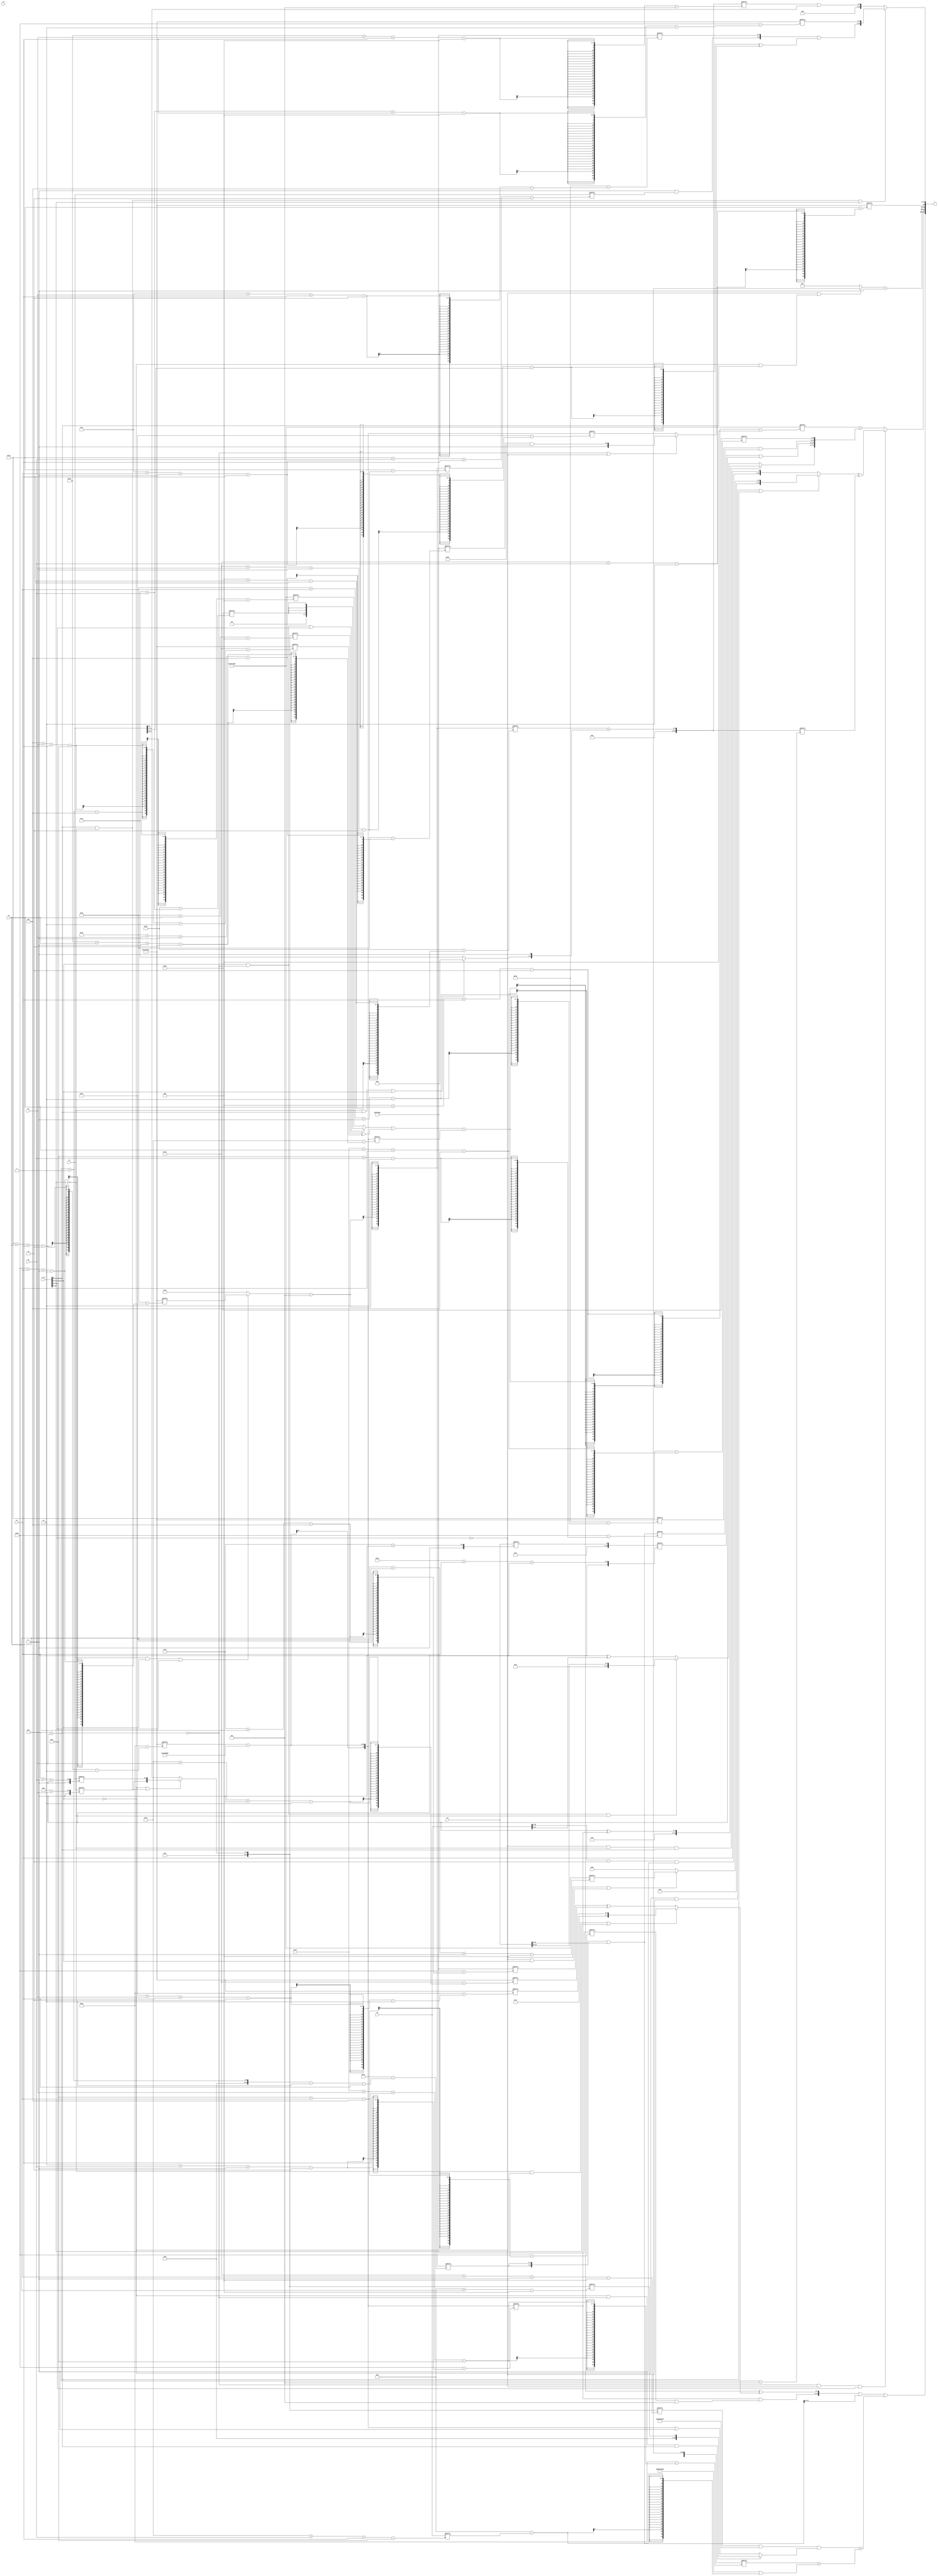
module partsel_00521(ctrl, s0, s1, s2, s3, x0, x1, x2, x3, y);
  input [3:0] ctrl;
  input [2:0] s0;
  input [2:0] s1;
  input [2:0] s2;
  input [2:0] s3;
  input [31:0] x0;
  input [31:0] x1;
  input signed [31:0] x2;
  input signed [31:0] x3;
  wire signed [29:4] x4;
  wire [25:0] x5;
  wire [1:31] x6;
  wire [3:25] x7;
  wire [4:24] x8;
  wire signed [26:3] x9;
  wire [0:30] x10;
  wire signed [2:28] x11;
  wire [0:30] x12;
  wire signed [24:0] x13;
  wire signed [0:31] x14;
  wire [28:5] x15;
  output [127:0] y;
  wire signed [31:0] y0;
  wire [31:0] y1;
  wire [31:0] y2;
  wire signed [31:0] y3;
  assign y = {y0,y1,y2,y3};
  localparam [31:1] p0 = 114642239;
  localparam [3:28] p1 = 632218798;
  localparam [6:28] p2 = 693219254;
  localparam [31:4] p3 = 322947405;
  assign x4 = (!ctrl[3] || ctrl[0] && !ctrl[2] ? {x1[14 + s2], x1[11 + s0 +: 3]} : x1[14 -: 4]);
  assign x5 = x3[9 + s3];
  assign x6 = ((!ctrl[2] && ctrl[3] || ctrl[1] ? p1[22 + s1 +: 7] : x5[17 -: 2]) - p0[19 -: 3]);
  assign x7 = ({2{x6[11 + s2 -: 3]}} | x3);
  assign x8 = x5[9];
  assign x9 = (!ctrl[3] || ctrl[3] || !ctrl[0] ? {2{p3[18]}} : {2{(!ctrl[1] && ctrl[0] && !ctrl[1] ? p0[4 + s0 -: 7] : p3[8 + s0])}});
  assign x10 = {2{p1[17 -: 3]}};
  assign x11 = (p1[25 + s3 -: 2] - ((((p3[12 +: 1] & p2[11 +: 2]) - x10[21]) - {{2{x8[17 +: 2]}}, p0}) + p1[13 +: 4]));
  assign x12 = x11[3 + s0 +: 5];
  assign x13 = (!ctrl[3] && ctrl[1] && ctrl[0] ? x3[20] : x11);
  assign x14 = (((ctrl[3] && !ctrl[0] || ctrl[1] ? {2{{2{x10[10 + s0]}}}} : p3[11 + s2 -: 6]) | (x4[19 + s3] ^ p1[6 + s2 -: 8])) - x11[16 + s3 +: 4]);
  assign x15 = {{{{2{{2{p0}}}}, (x3[16] ^ (p1[19 -: 1] - p2[14 +: 4]))}, p3}, (x6[4 + s0] + {(!ctrl[2] || ctrl[0] || ctrl[3] ? ((p3[11 +: 4] & p3) & p1[18 +: 3]) : ((p0[17 -: 4] - p1[22]) | p2[10 +: 2])), x4[12]})};
  assign y0 = (({(x12 & (p2[8 + s1] & p3[13 -: 4])), ((ctrl[0] || !ctrl[0] || ctrl[1] ? x14[22] : x5[3 + s2 +: 4]) ^ (!ctrl[2] && !ctrl[3] || ctrl[2] ? p1[20 + s2 -: 2] : (p2[9 + s1] ^ p1[23 + s2 +: 8])))} | x7[8 +: 4]) | (((x4[18 + s1 +: 2] & {2{p0}}) & (!ctrl[3] && !ctrl[0] && ctrl[0] ? x4[13 + s3] : (x11 | x5[11 +: 3]))) + (x14[31 + s2 -: 8] + ({2{p2}} | (p0[9 +: 4] - x0[23 + s0 -: 8])))));
  assign y1 = (!ctrl[0] && !ctrl[1] && ctrl[1] ? ({p0[21 -: 1], (!ctrl[3] && !ctrl[1] || ctrl[0] ? (!ctrl[1] || !ctrl[1] && ctrl[3] ? p3[20 + s3 +: 3] : x15[21 -: 4]) : {((x0 - p1[19 -: 4]) & x9[11]), p0[11]})} ^ x15[11 + s2]) : (p3[4 + s3 -: 2] + {(!ctrl[1] && !ctrl[2] && ctrl[0] ? (p3[17 -: 2] ^ x12) : (ctrl[3] && !ctrl[0] && !ctrl[2] ? x3[19 +: 4] : (x5[10] ^ x0))), {(x5[29 + s1 +: 6] | p1[19 -: 1]), {(p1[19 + s1 +: 5] & x7[8 + s0]), x10[31 + s3 -: 6]}}}));
  assign y2 = {((!ctrl[1] || !ctrl[3] && ctrl[0] ? x14 : p2[18 -: 1]) - x4[12]), p1[18 + s0]};
  assign y3 = (ctrl[0] && !ctrl[2] || ctrl[2] ? {({(x9[12 -: 2] & x1[25 + s0 -: 2]), p2[12 + s2 -: 2]} | ((x6[12 + s1 +: 6] - x1[19 -: 3]) ^ (!ctrl[0] && !ctrl[0] || !ctrl[1] ? (p2[26 + s2 +: 4] & x10) : x11[18 + s2 +: 7]))), p1[10 + s0 -: 4]} : (x15[16 + s2 -: 4] | x1[21]));
endmodule